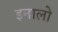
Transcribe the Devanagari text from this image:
इनालो